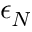
\epsilon _ { N }